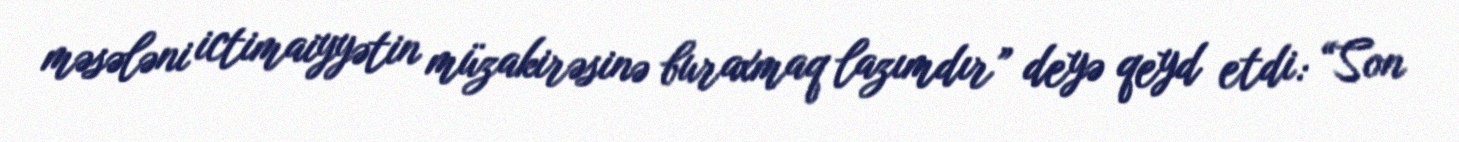
məsələni ictimaiyyətin müzakirəsinə buraxmaq lazımdır” deyə qeyd etdi: “Son